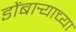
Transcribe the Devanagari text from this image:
डोंबार्‍याच्या